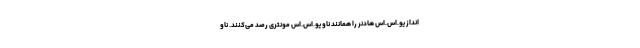
انداز یو.اس.اس هادنر را همانند ناو یو.اس.اس مونتری رصد می‌کنند. ناو